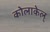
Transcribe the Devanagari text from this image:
कोलाकेल्